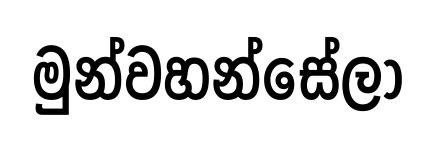
මුන්වහන්සේලා